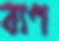
বাণ